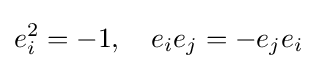
e_{i}^{2}=-1,\quad e_{i}e_{j}=-e_{j}e_{i}